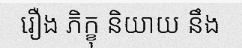
រឿង ភិក្ខុ និយាយ នឹង